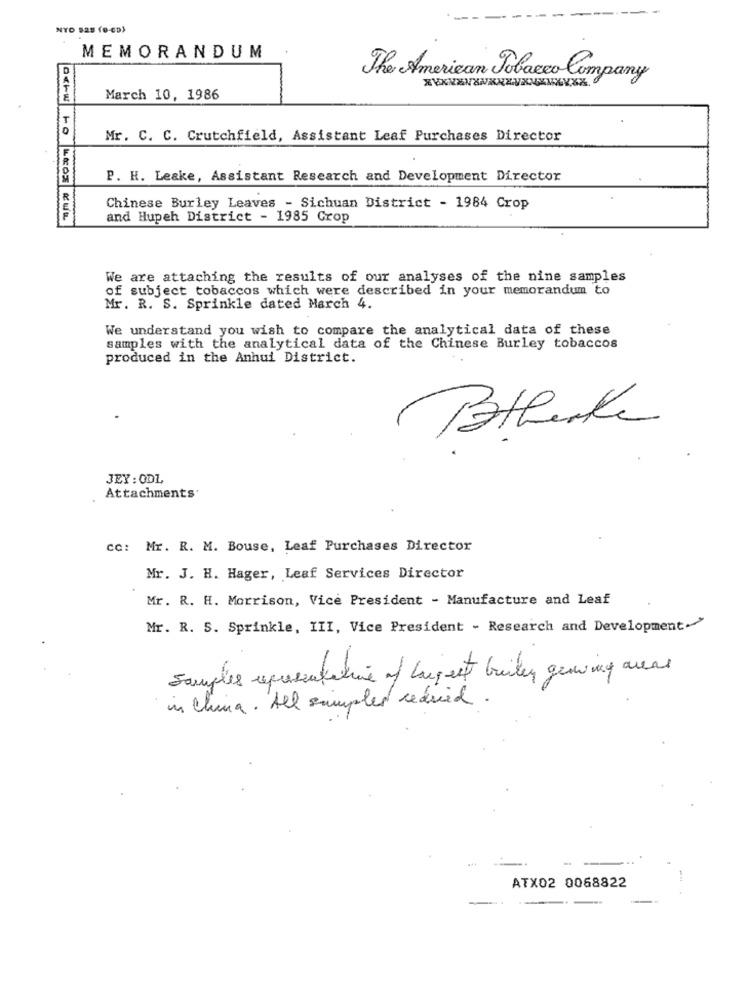
NYD S28 (9-693
MEMORANDUM
The American Tobacco Company
March 10, 1986
T
Mr. C. C. Crutchfield, Assistant Leaf Purchases Director
P. H. Leake, Assistant Research and Development Director
Chinese Burley Leaves - Sichuan District - 1984 Crop
and Hupeh District - 1985 Crop
We are attaching the results of our analyses of the nine samples
of subject tobaccos which were described in your memorandum to
Mr. R. S. Sprinkle dated March 4.
We understand you wish to compare the analytical data of these
samples with the analytical data of the Chinese Burley tobaccos
produced in the Anhui District.
Battente
JEY: ODL
Attachments
cc: Mr. R. M. Bouse, Leaf Purchases Director
Mr. J. H. Hager, Leaf Services Director
Mr. R. H. Morrison, Vice President - Manufacture and Leaf
Mr. R. S. Sprinkle, III, Vice President - Research and Development."
Samples spaccatative of largest bailey growing areas
in china. All simples reduced
ATX02 0068822
-